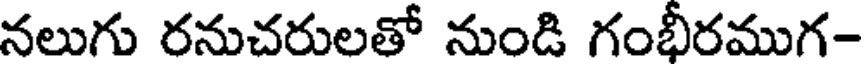
నలుగు రనుచరులతో నుండి గంభీరముగ-